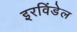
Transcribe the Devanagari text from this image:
इरविंडेल